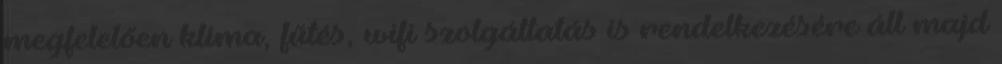
megfelelően klíma, fűtés, wifi szolgáltatás is rendelkezésére áll majd